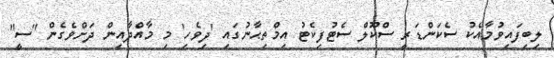
ލިބިފައިވުމާއެކު ސެކަންޑަރީ ސްކޫލް ސެޓުފިކެޓު އިމްތިޙާނުގައި 'ދިވެހި' މި މާއްދާއިން ދަށްވެގެން "ސީ"